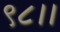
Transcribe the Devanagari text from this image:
९८।।